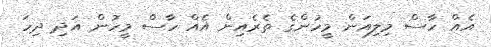
އެއް ހާސް މިލިއަން މީހުންގެ ތެރެއިން އެއް ހާސް މީހުން އަދި ދިހަ